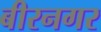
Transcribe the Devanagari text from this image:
बीरनगर